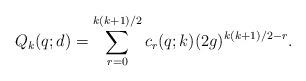
LaTeX: \begin{align*} Q_k(q;d) = \sum_{r=0}^{k(k+1)/2} c_r(q;k) (2g)^{k(k+1)/2-r}.\end{align*}